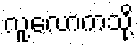
လူ့လောကသို့